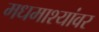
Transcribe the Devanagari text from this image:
मधमाश्यांवर